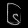
Digit: ၆